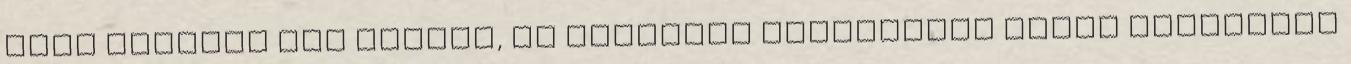
Ugye ezeknek egy részét, az egységes megjelenés miatt megkellet